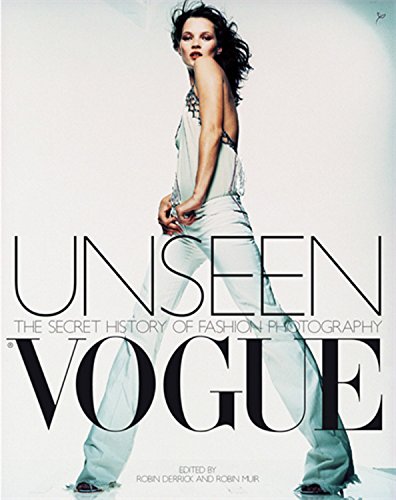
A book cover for Unseen Vogue: The Secret History of Fashion Photography; Arts & Photography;